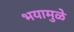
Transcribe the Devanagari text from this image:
भयामुळे